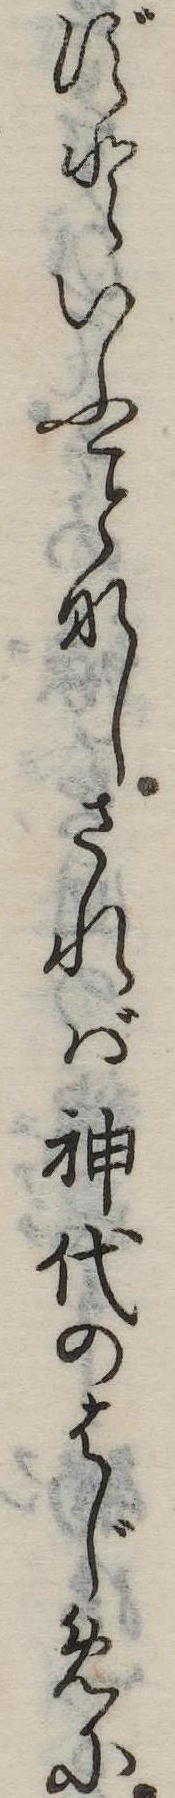
ずといふなしされば神代のはじめに